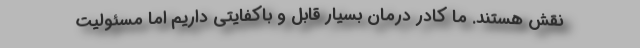
نقش هستند. ما کادر درمان بسیار قابل و باکفایتی داریم اما مسئولیت